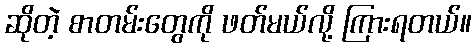
ဆိုတဲ့ စာတမ်းတွေကို ဖတ်မယ်လို့ ကြားရတယ်။